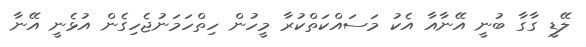
ލޭޑީ ގާގާ ބުނީ އޭނާއާ އެކު މަސައްކަތްކުރާ މީހުން ހިތްހަމަނުޖެހިގެން އުޅެނީ އޭނާ